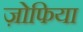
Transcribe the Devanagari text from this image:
ज़ोफिया